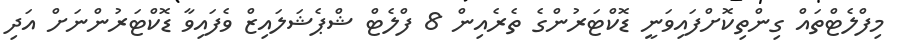
މިފްލެޓްތައް ގިންތިކޮށްފައިވަނީ ޑޮކްޓަރުންގެ ތެރެއިން 8 ފްލެޓް ޝްޕެޝަލައިޒް ވެފައިވާ ޑޮކްޓަރުންނަށް އަދި